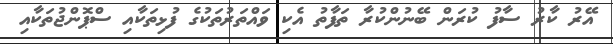
އޭރު ކާރު ސާފު ކުރަން ބޭނުންކުރާ ތަފާތު އެކި ވައްތަރުތަކުގެ ފުޅިތަކާއި ސްޕޮންޖުތަކާއި